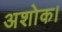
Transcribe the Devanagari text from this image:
अशोक।